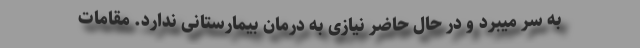
به سر میبرد و در حال حاضر نیازی به درمان بیمارستانی ندارد. مقامات